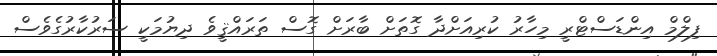
ފިލްމް އިންޑަސްޓްރީ މިހާރު ކުރިއަށްދާ ގޮތަށް ބާރަށް ގޮސް ތަރައްޤީވެ ދިޔުމަކީ ސަރުކާރުގެވެސް